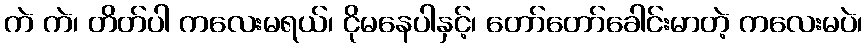
ကဲ ကဲ၊ တိတ်ပါ ကလေးမရယ်၊ ငိုမနေပါနှင့်၊ တော်တော်ခေါင်းမာတဲ့ ကလေးမပဲ၊